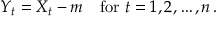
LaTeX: Y _ { t } = X _ { t } - m \quad { \mathrm { f o r ~ } } t = 1 , 2 , \dots , n \, .